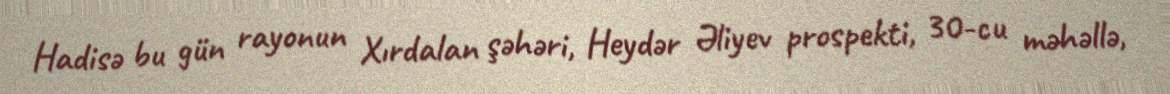
Hadisə bu gün rayonun Xırdalan şəhəri, Heydər Əliyev prospekti, 30-cu məhəllə,